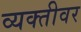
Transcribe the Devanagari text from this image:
व्‍यक्‍तीवर